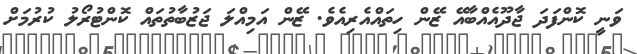
ވަނީ ކޮންފަދަ ޖާދޫއެއްބާއޭ ޒޭން ހިތައްއެރިއެވެ. ޒޭން އަމިއްލަ ޖަޒުބާތުތައް ކޮންޓުރޯލު ކުރުމަށް